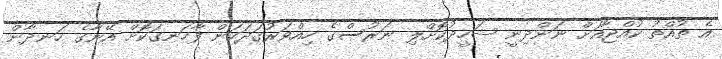
އެ ތުއްތު ކުއްޖާއަށް ނަންދިނީ ޝަހީދުކޮށްލި ނަރުސްގެ ހިއްވަރުގަދަކަން ފާހަނގަކޮށް އޭނާގެ ހަނދާން